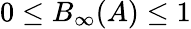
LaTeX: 0\le B_{\infty}(A)\le 1